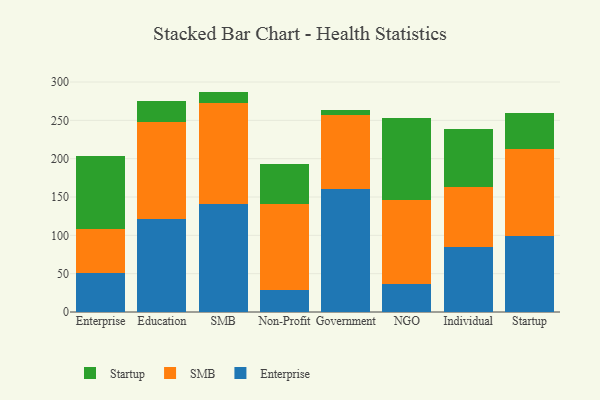
{"axis": {"x": "Segment", "y": "Operating Costs (USD K)"}, "legend": ["Enterprise", "SMB", "Startup"], "data": [{"x": "Enterprise", "y": 51.0, "type": "Enterprise"}, {"x": "Enterprise", "y": 57.3, "type": "SMB"}, {"x": "Enterprise", "y": 95.6, "type": "Startup"}, {"x": "Education", "y": 120.7, "type": "Enterprise"}, {"x": "Education", "y": 127.6, "type": "SMB"}, {"x": "Education", "y": 27.1, "type": "Startup"}, {"x": "SMB", "y": 140.5, "type": "Enterprise"}, {"x": "SMB", "y": 132.4, "type": "SMB"}, {"x": "SMB", "y": 14.6, "type": "Startup"}, {"x": "Non-Profit", "y": 29.3, "type": "Enterprise"}, {"x": "Non-Profit", "y": 111.3, "type": "SMB"}, {"x": "Non-Profit", "y": 52.3, "type": "Startup"}, {"x": "Government", "y": 159.9, "type": "Enterprise"}, {"x": "Government", "y": 97.2, "type": "SMB"}, {"x": "Government", "y": 6.5, "type": "Startup"}, {"x": "NGO", "y": 36.2, "type": "Enterprise"}, {"x": "NGO", "y": 110.1, "type": "SMB"}, {"x": "NGO", "y": 106.6, "type": "Startup"}, {"x": "Individual", "y": 84.7, "type": "Enterprise"}, {"x": "Individual", "y": 78.6, "type": "SMB"}, {"x": "Individual", "y": 75.4, "type": "Startup"}, {"x": "Startup", "y": 99.6, "type": "Enterprise"}, {"x": "Startup", "y": 112.6, "type": "SMB"}, {"x": "Startup", "y": 47.8, "type": "Startup"}]}